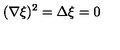
( \nabla \xi ) ^ { 2 } = \Delta \xi = 0